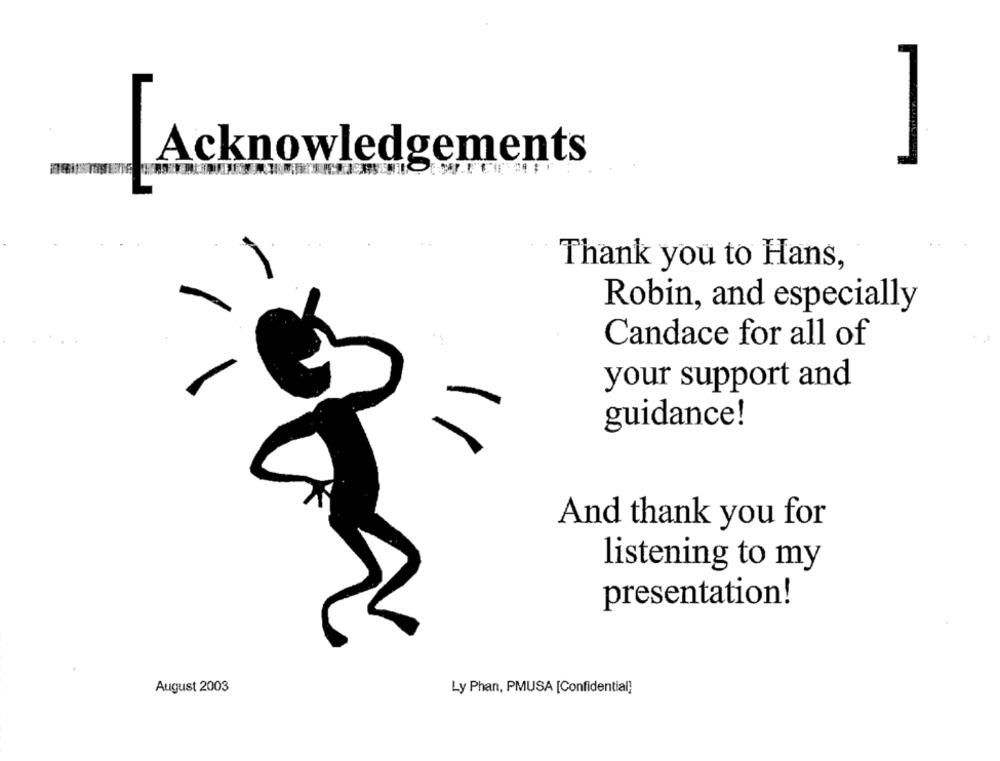
Acknowledgements
Thank you to Hans,
Robin, and especially
Candace for all of
your support and
guidance!
And thank you for
listening to my
presentation!
August 2003
Ly Phan, PMUSA [Confidential)